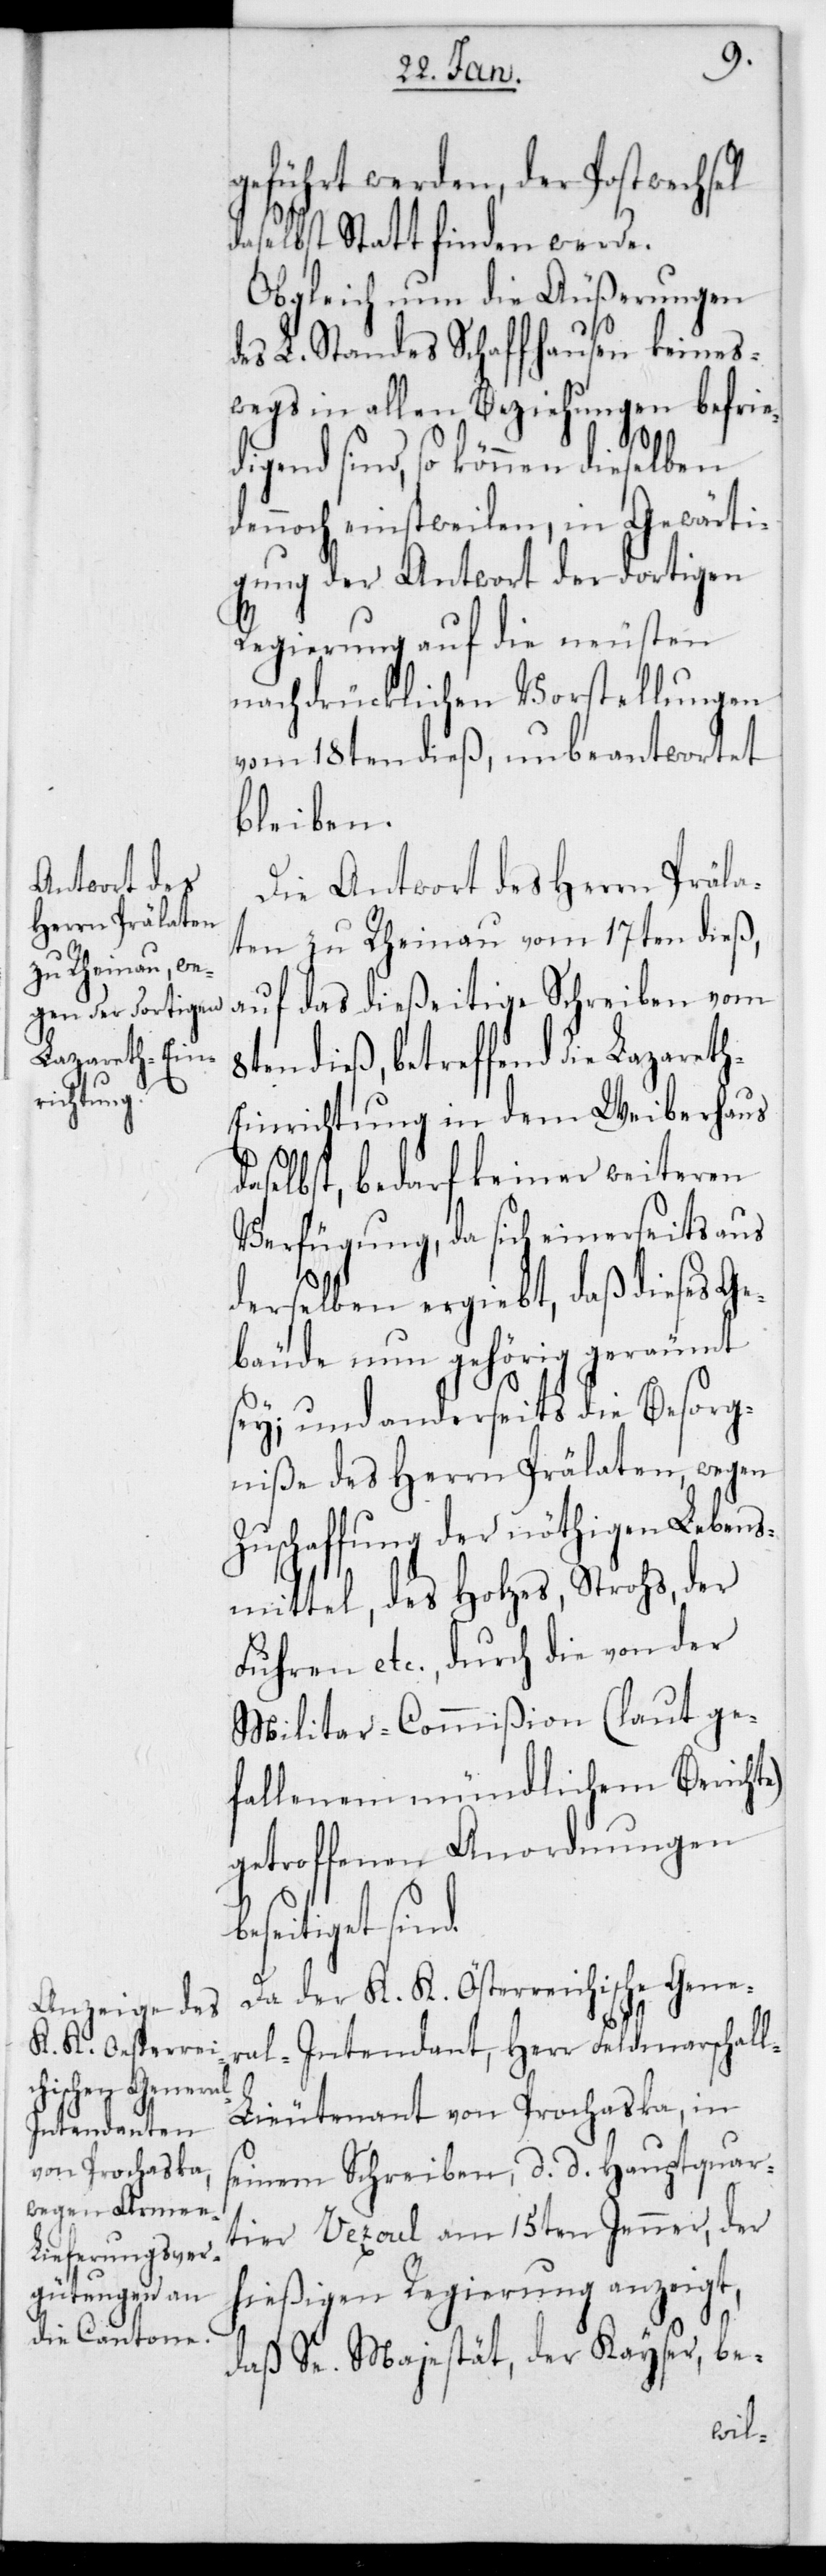
geführt werden, der Postwechsel
daselbst Statt finden werde.
Obgleich nun die Äußerungen
des L. Standes Schaffhausen keines¬
wegs in allen Beziehungen befrie¬
b¬
digend sind, so können dieselben
dennoch einstweilen, in Gewärti¬
gung der Antwort der dortigen
Regierung auf die neusten
nachdrücklichen Vorstellungen
vom 18ten dieß, unbeantwortet
bleiben.
Die Antwort des Herrn Präla¬
ten zu Rheinau vom 17ten dieß,
auf das dießeitige Schreiben vom
en dieß, betreffend die Lazaret¬
h-Einrichtung in dem Weiberhaus
daselbst, bedarf keiner weiteren
Verfügung, da sich einerseits aus
derselben ergiebt, daß dieses Ge¬
bäude nun gehörig geräumt
sey; und anderseits die Besorg¬
niße des Herrn Prälaten, wegen
Zuschaffung der nöthigen Lebens¬
mittel, des Holzes, Strohs, der
Fuhren etc., durch die von der
Militar-Commißion (laut ge¬
fallenem mündlichem Berichte)
getroffenen Anordnungen
eseitiget sind.
Da der K. K. Österreichische Gene¬
ral-Intendant, Herr Feldmarschal¬
l-Lieutenant von Prochaska in
seinem Schreiben, d. d. Hauptquar¬
tier Vezoul am 15ten Jenner, der
hießigen Regierung anzeigt,
daß Se. Majestät der Kayser, be-